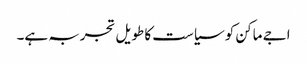
اجے ماکن کو سیاست کا طویل تجربہ ہے۔